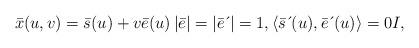
LaTeX: \begin{align*}\bar{x}(u,v)=\bar{s}(u)+v\bar{e}(u)\left \vert \bar{e}\right \vert =|\bar{e}\,\acute{}\,|=1,\langle \bar{s}\,\acute{}\,(u),\bar{e}\,\acute{}\,(u)\rangle=0I, \end{align*}